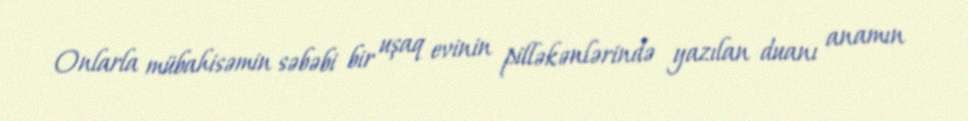
Onlarla mübahisəmin səbəbi bir uşaq evinin pilləkənlərində yazılan duanı anamın